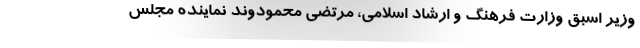
وزیر اسبق وزارت فرهنگ و ارشاد اسلامی، مرتضی محمودوند نماینده مجلس